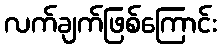
လက်ချက်ဖြစ်ကြောင်း